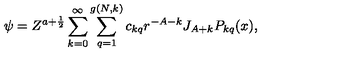
\psi = Z ^ { a + \frac { 1 } { 2 } } \sum _ { k = 0 } ^ { \infty } \sum _ { q = 1 } ^ { g ( N , k ) } c _ { k q } r ^ { - A - k } J _ { A + k } P _ { k q } ( x ) ,